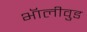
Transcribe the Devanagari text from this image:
भॅालीवुड